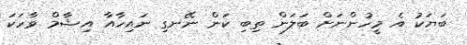
ބަޔަކު އެ މީހުންނަށް ބަލަން ތިބި ކަން ނޭނގި ނައިހާއާ އިޝާމް ވާހަކަ